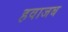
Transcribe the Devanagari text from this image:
हवाजब